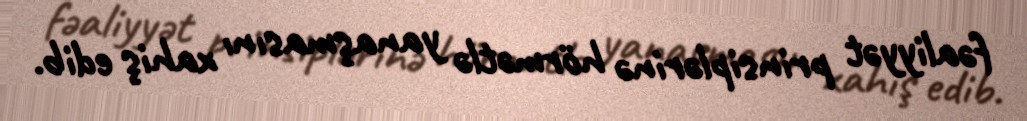
fəaliyyət prinsiplərinə hörmətlə yanaşmasını xahiş edib.